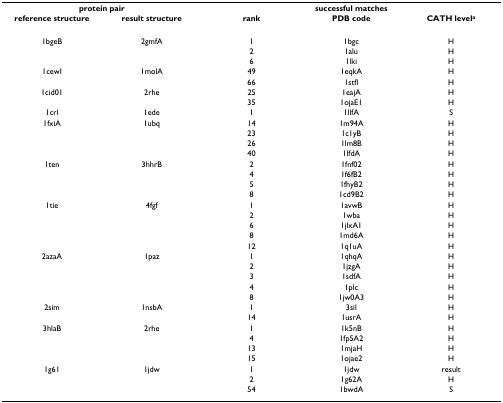
| <COLSPAN=2> protein pair | <COLSPAN=3> successful matches |
 | reference structure | result structure | rank | PDB code | CATH levela |
 | --- | --- | --- | --- | --- |
 | 1bgeB | 2gmfA | 1 | 1bgc | H |
 |  |  | 2 | 1alu | H |
 |  |  | 6 | 1lki | H |
 | 1cewI | 1molA | 49 | 1eqkA | H |
 |  |  | 66 | 1stfI | H |
 | 1cid01 | 2rhe | 25 | 1eajA | H |
 |  |  | 35 | 1ojaE1 | H |
 | 1crl | 1ede | 1 | 1llfA | S |
 | 1fxiA | 1ubq | 14 | 1m94A | H |
 |  |  | 23 | 1c1yB | H |
 |  |  | 26 | 1lm8B | H |
 |  |  | 40 | 1lfdA | H |
 | 1ten | 3hhrB | 2 | 1fnf02 | H |
 |  |  | 4 | 1f6fB2 | H |
 |  |  | 5 | 1fhyB2 | H |
 |  |  | 8 | 1cd9B2 | H |
 | 1tie | 4fgf | 1 | 1avwB | H |
 |  |  | 2 | 1wba | H |
 |  |  | 6 | 1jlxA1 | H |
 |  |  | 8 | 1md6A | H |
 |  |  | 12 | 1q1uA | H |
 | 2azaA | 1paz | 1 | 1qhqA | H |
 |  |  | 2 | 1jzgA | H |
 |  |  | 3 | 1sdfA | H |
 |  |  | 4 | 1plc | H |
 |  |  | 8 | 1jw0A3 | H |
 | 2sim | 1nsbA | 1 | 3sil | H |
 |  |  | 14 | 1usrA | H |
 | 3hlaB | 2rhe | 1 | 1k5nB | H |
 |  |  | 4 | 1fp5A2 | H |
 |  |  | 13 | 1mjaH | H |
 |  |  | 15 | 1ojae2 | H |
 | 1g61 | 1jdw | 1 | 1jdw | result |
 |  |  | 2 | 1g62A | H |
 |  |  | 54 | 1bwdA | S |